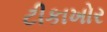
ટીકાખોર